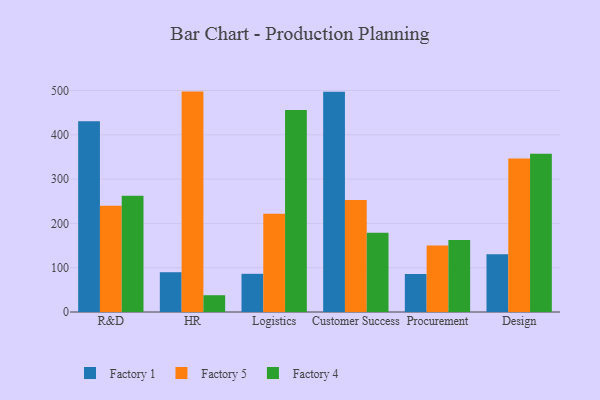
{"axis": {"x": "Department", "y": "LTV (USD)"}, "legend": ["Factory 1", "Factory 4", "Factory 5"], "data": [{"x": "R&D", "y": 430.8, "type": "Factory 1"}, {"x": "R&D", "y": 240.1, "type": "Factory 5"}, {"x": "R&D", "y": 262.3, "type": "Factory 4"}, {"x": "HR", "y": 89.8, "type": "Factory 1"}, {"x": "HR", "y": 497.6, "type": "Factory 5"}, {"x": "HR", "y": 37.9, "type": "Factory 4"}, {"x": "Logistics", "y": 86.2, "type": "Factory 1"}, {"x": "Logistics", "y": 221.9, "type": "Factory 5"}, {"x": "Logistics", "y": 456.0, "type": "Factory 4"}, {"x": "Customer Success", "y": 497.3, "type": "Factory 1"}, {"x": "Customer Success", "y": 252.6, "type": "Factory 5"}, {"x": "Customer Success", "y": 179.2, "type": "Factory 4"}, {"x": "Procurement", "y": 85.8, "type": "Factory 1"}, {"x": "Procurement", "y": 150.3, "type": "Factory 5"}, {"x": "Procurement", "y": 162.3, "type": "Factory 4"}, {"x": "Design", "y": 130.3, "type": "Factory 1"}, {"x": "Design", "y": 346.7, "type": "Factory 5"}, {"x": "Design", "y": 357.5, "type": "Factory 4"}]}